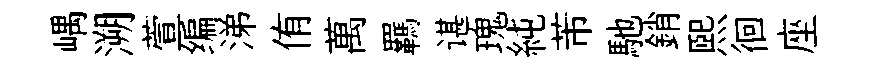
嵎溯萱编涕侑萬羈谌瑰純芾馳銷熙徊座